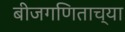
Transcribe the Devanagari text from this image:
बीजगणिताच्या